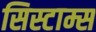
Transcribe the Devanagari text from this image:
सिस्टाम्स